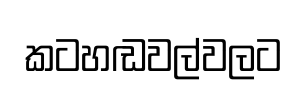
කටහඬවල්වලට